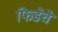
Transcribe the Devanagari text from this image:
फिडेचे